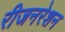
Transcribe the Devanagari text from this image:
रीजनरेशन